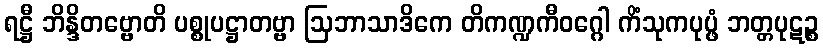
ရဋ္ဌီ ဘိန္ဒိတဗ္ဗောတိ ပစ္စုပဋ္ဌာတဗ္ဗာ ဩဘာသာဒိကေ တိကဏ္ဍကီဝဂ္ဂေါ ကိံသုကပုပ္ဖံ ဘတ္တပုဋဉ္စ